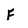
Character: F